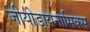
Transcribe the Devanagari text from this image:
जीयोडायनामिक्‍स